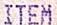
ITEM